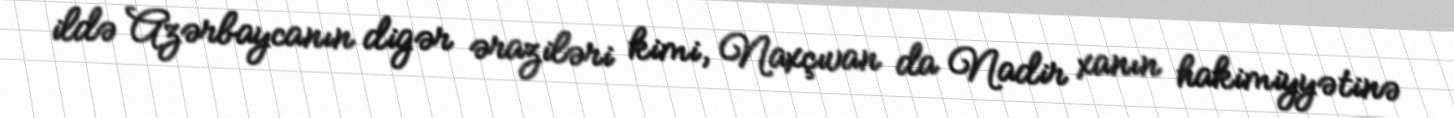
ildə Azərbaycanın digər əraziləri kimi, Naxçıvan da Nadir xanın hakimiyyətinə